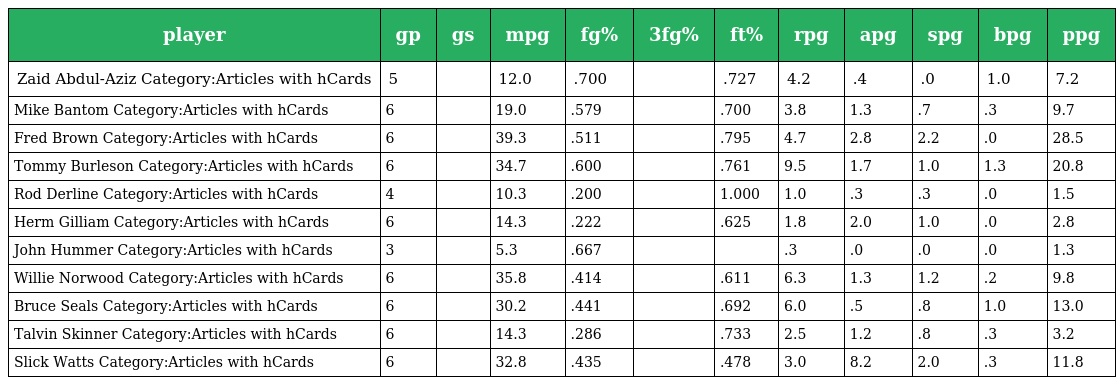
| player | gp | gs | mpg | fg% | 3fg% | ft% | rpg | apg | spg | bpg | ppg |
 | --- | --- | --- | --- | --- | --- | --- | --- | --- | --- | --- | --- |
 | Zaid Abdul-Aziz Category:Articles with hCards | 5 |  | 12.0 | .700 |  | .727 | 4.2 | .4 | .0 | 1.0 | 7.2 |
 | Mike Bantom Category:Articles with hCards | 6 |  | 19.0 | .579 |  | .700 | 3.8 | 1.3 | .7 | .3 | 9.7 |
 | Fred Brown Category:Articles with hCards | 6 |  | 39.3 | .511 |  | .795 | 4.7 | 2.8 | 2.2 | .0 | 28.5 |
 | Tommy Burleson Category:Articles with hCards | 6 |  | 34.7 | .600 |  | .761 | 9.5 | 1.7 | 1.0 | 1.3 | 20.8 |
 | Rod Derline Category:Articles with hCards | 4 |  | 10.3 | .200 |  | 1.000 | 1.0 | .3 | .3 | .0 | 1.5 |
 | Herm Gilliam Category:Articles with hCards | 6 |  | 14.3 | .222 |  | .625 | 1.8 | 2.0 | 1.0 | .0 | 2.8 |
 | John Hummer Category:Articles with hCards | 3 |  | 5.3 | .667 |  |  | .3 | .0 | .0 | .0 | 1.3 |
 | Willie Norwood Category:Articles with hCards | 6 |  | 35.8 | .414 |  | .611 | 6.3 | 1.3 | 1.2 | .2 | 9.8 |
 | Bruce Seals Category:Articles with hCards | 6 |  | 30.2 | .441 |  | .692 | 6.0 | .5 | .8 | 1.0 | 13.0 |
 | Talvin Skinner Category:Articles with hCards | 6 |  | 14.3 | .286 |  | .733 | 2.5 | 1.2 | .8 | .3 | 3.2 |
 | Slick Watts Category:Articles with hCards | 6 |  | 32.8 | .435 |  | .478 | 3.0 | 8.2 | 2.0 | .3 | 11.8 |